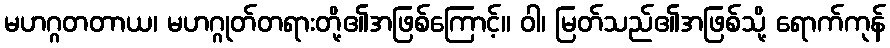
မဟဂ္ဂတတာယ၊ မဟဂ္ဂုတ်တရားတို့၏အဖြစ်ကြောင့်။ ဝါ၊ မြတ်သည်၏အဖြစ်သို့ ရောက်ကုန်